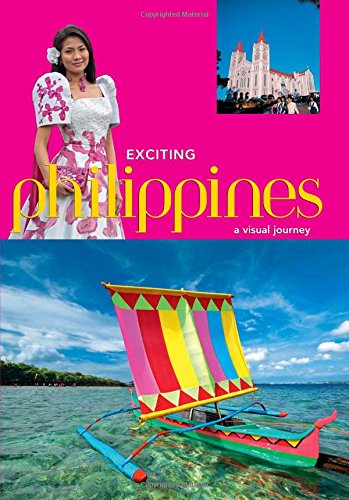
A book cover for Exciting Philippines; Elizabeth V. Reyes; Travel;